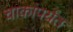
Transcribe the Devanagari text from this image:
चाकांपर्यंत